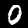
Label: 0